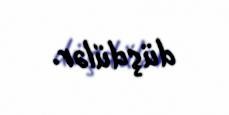
düşdülər.